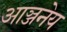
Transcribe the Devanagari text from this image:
आञ्जनेय